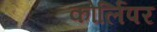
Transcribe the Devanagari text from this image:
कोर्लिपर